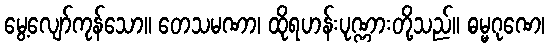
မွေ့လျော်ကုန်သော။ တေသမဏာ၊ ထိုရဟန်းပုဏ္ဏားတို့သည်။ ဓမ္မဂုဏေ၊